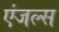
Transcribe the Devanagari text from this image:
एंजल्‍स